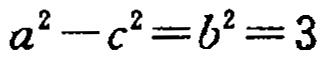
\(a^{2}-c^{2}=b^{2}=3\)